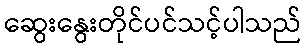
ဆွေးနွေးတိုင်ပင်သင့်ပါသည်